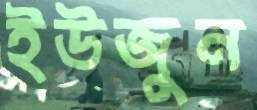
ইউজুন